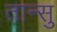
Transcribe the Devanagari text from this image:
तान्सु